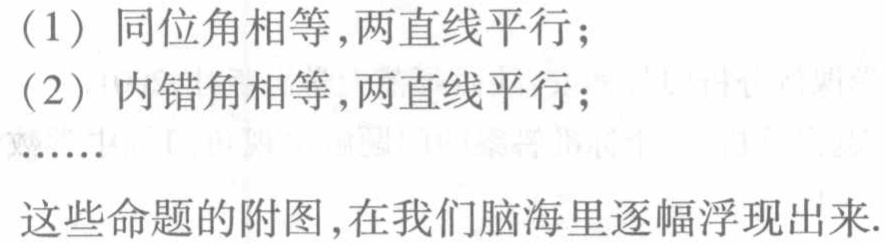
（1）同位角相等,两直线平行;
（2）内错角相等,两直线平行;
……
这些命题的附图,在我们脑海里逐幅浮现出来.